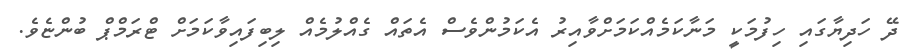
ދޭ ހަދިޔާގައި ހިފުމަކީ މަނާކަމެއްކަމަށްވާއިރު އެކަމުންވެސް އެތައް ގެއްލުމެއް ލިބިފައިވާކަމަށް ޓްރަމްޕް ބުންޏެވެ.